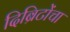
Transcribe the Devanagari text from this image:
दिब्रिटोंचा